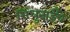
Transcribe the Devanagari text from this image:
सिंधुताईंचे